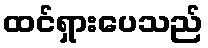
ထင်ရှားပေသည်